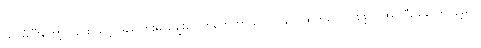
ထပ်မံပြီးတော့လည်း သင့်အရေပြားမှ ချွေးပေါက်တွေဟာ လေဝင်လေထွက်ကောင်းဖို့ လိုအပ်ပြီး မကောင်းခဲ့ရင်